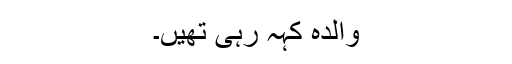
والدہ کہہ رہی تھیں۔